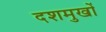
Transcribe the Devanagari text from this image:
दशमुखों